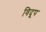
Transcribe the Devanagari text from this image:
विदूप